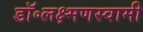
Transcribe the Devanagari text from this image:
डॉ॰लक्ष्मणस्वामी